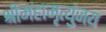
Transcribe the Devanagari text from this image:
श्रीमहामृत्युंजय